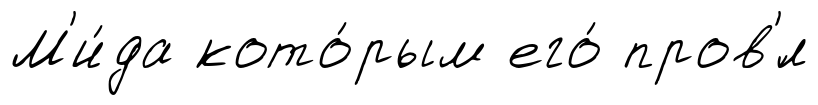
М'и́да кото́рым его́ пров'́л